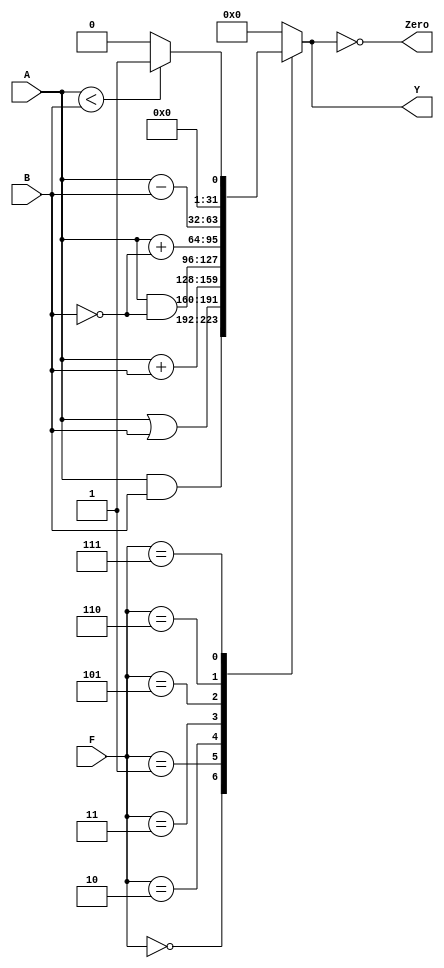
module alu(	input [31:0] A, B, 
            input [2:0] F, 
				output reg [31:0] Y, output Zero);
				
	always @ ( * )
		case (F[2:0])
			3'b000: Y <= A & B; // AND
			3'b001: Y <= A | B; // OR
			3'b010: Y <= A + B; // ADD
			//3'b011: Y <= 0;  // not used
			3'b011: Y <= A & ~B; // 
			3'b101: Y <= A + ~B; //
			3'b110: Y <= A - B; // SUB
			3'b111: Y <= A < B ? 1:0; //SLT
			default: Y <= 0; //default to 0, should not happen
		endcase
	
	assign Zero = (Y == 32'b0);
endmodule